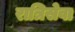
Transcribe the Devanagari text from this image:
रात्रिसेवा